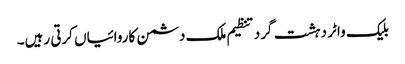
بلیک واٹر دہشت گرد تنظیم ملک دشمن کاروائیاں کرتی رہیں۔